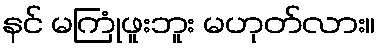
နင် မကြုံဖူးဘူး မဟုတ်လား။